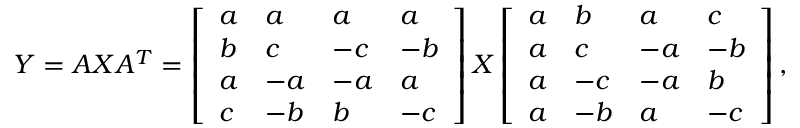
Y = A X A ^ { T } = \left[ \begin{array} { l l l l } { a } & { a } & { a } & { a } \\ { b } & { c } & { - c } & { - b } \\ { a } & { - a } & { - a } & { a } \\ { c } & { - b } & { b } & { - c } \end{array} \right] X \left[ \begin{array} { l l l l } { a } & { b } & { a } & { c } \\ { a } & { c } & { - a } & { - b } \\ { a } & { - c } & { - a } & { b } \\ { a } & { - b } & { a } & { - c } \end{array} \right] ,